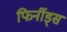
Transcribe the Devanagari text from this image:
फिर्नीड्स